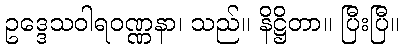
ဥဒ္ဒေသဝါရဝဏ္ဏနာ၊ သည်။ နိဋ္ဌိတာ။ ပြီးပြီ။